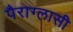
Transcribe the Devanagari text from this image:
पैराग्लासी